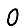
Digit: 0